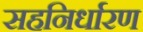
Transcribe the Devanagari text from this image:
सहनिर्धारण